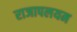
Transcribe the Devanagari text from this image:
राजापलयम